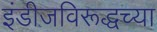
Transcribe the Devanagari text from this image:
इंडीजविरूद्धच्या